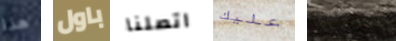
هذا باول اتصلنا عليك ليست